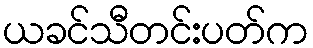
ယခင်သီတင်းပတ်က